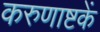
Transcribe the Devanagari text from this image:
करुणाष्टकें